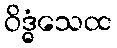
ဝိဒ္ဓံသေထ